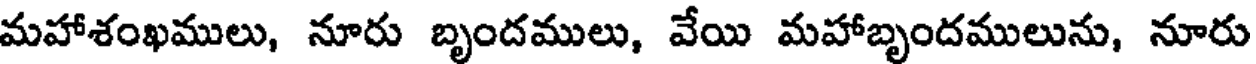
మహాశంఖములు, నూరు బృందములు, వేయి మహాబృందములును, నూరు